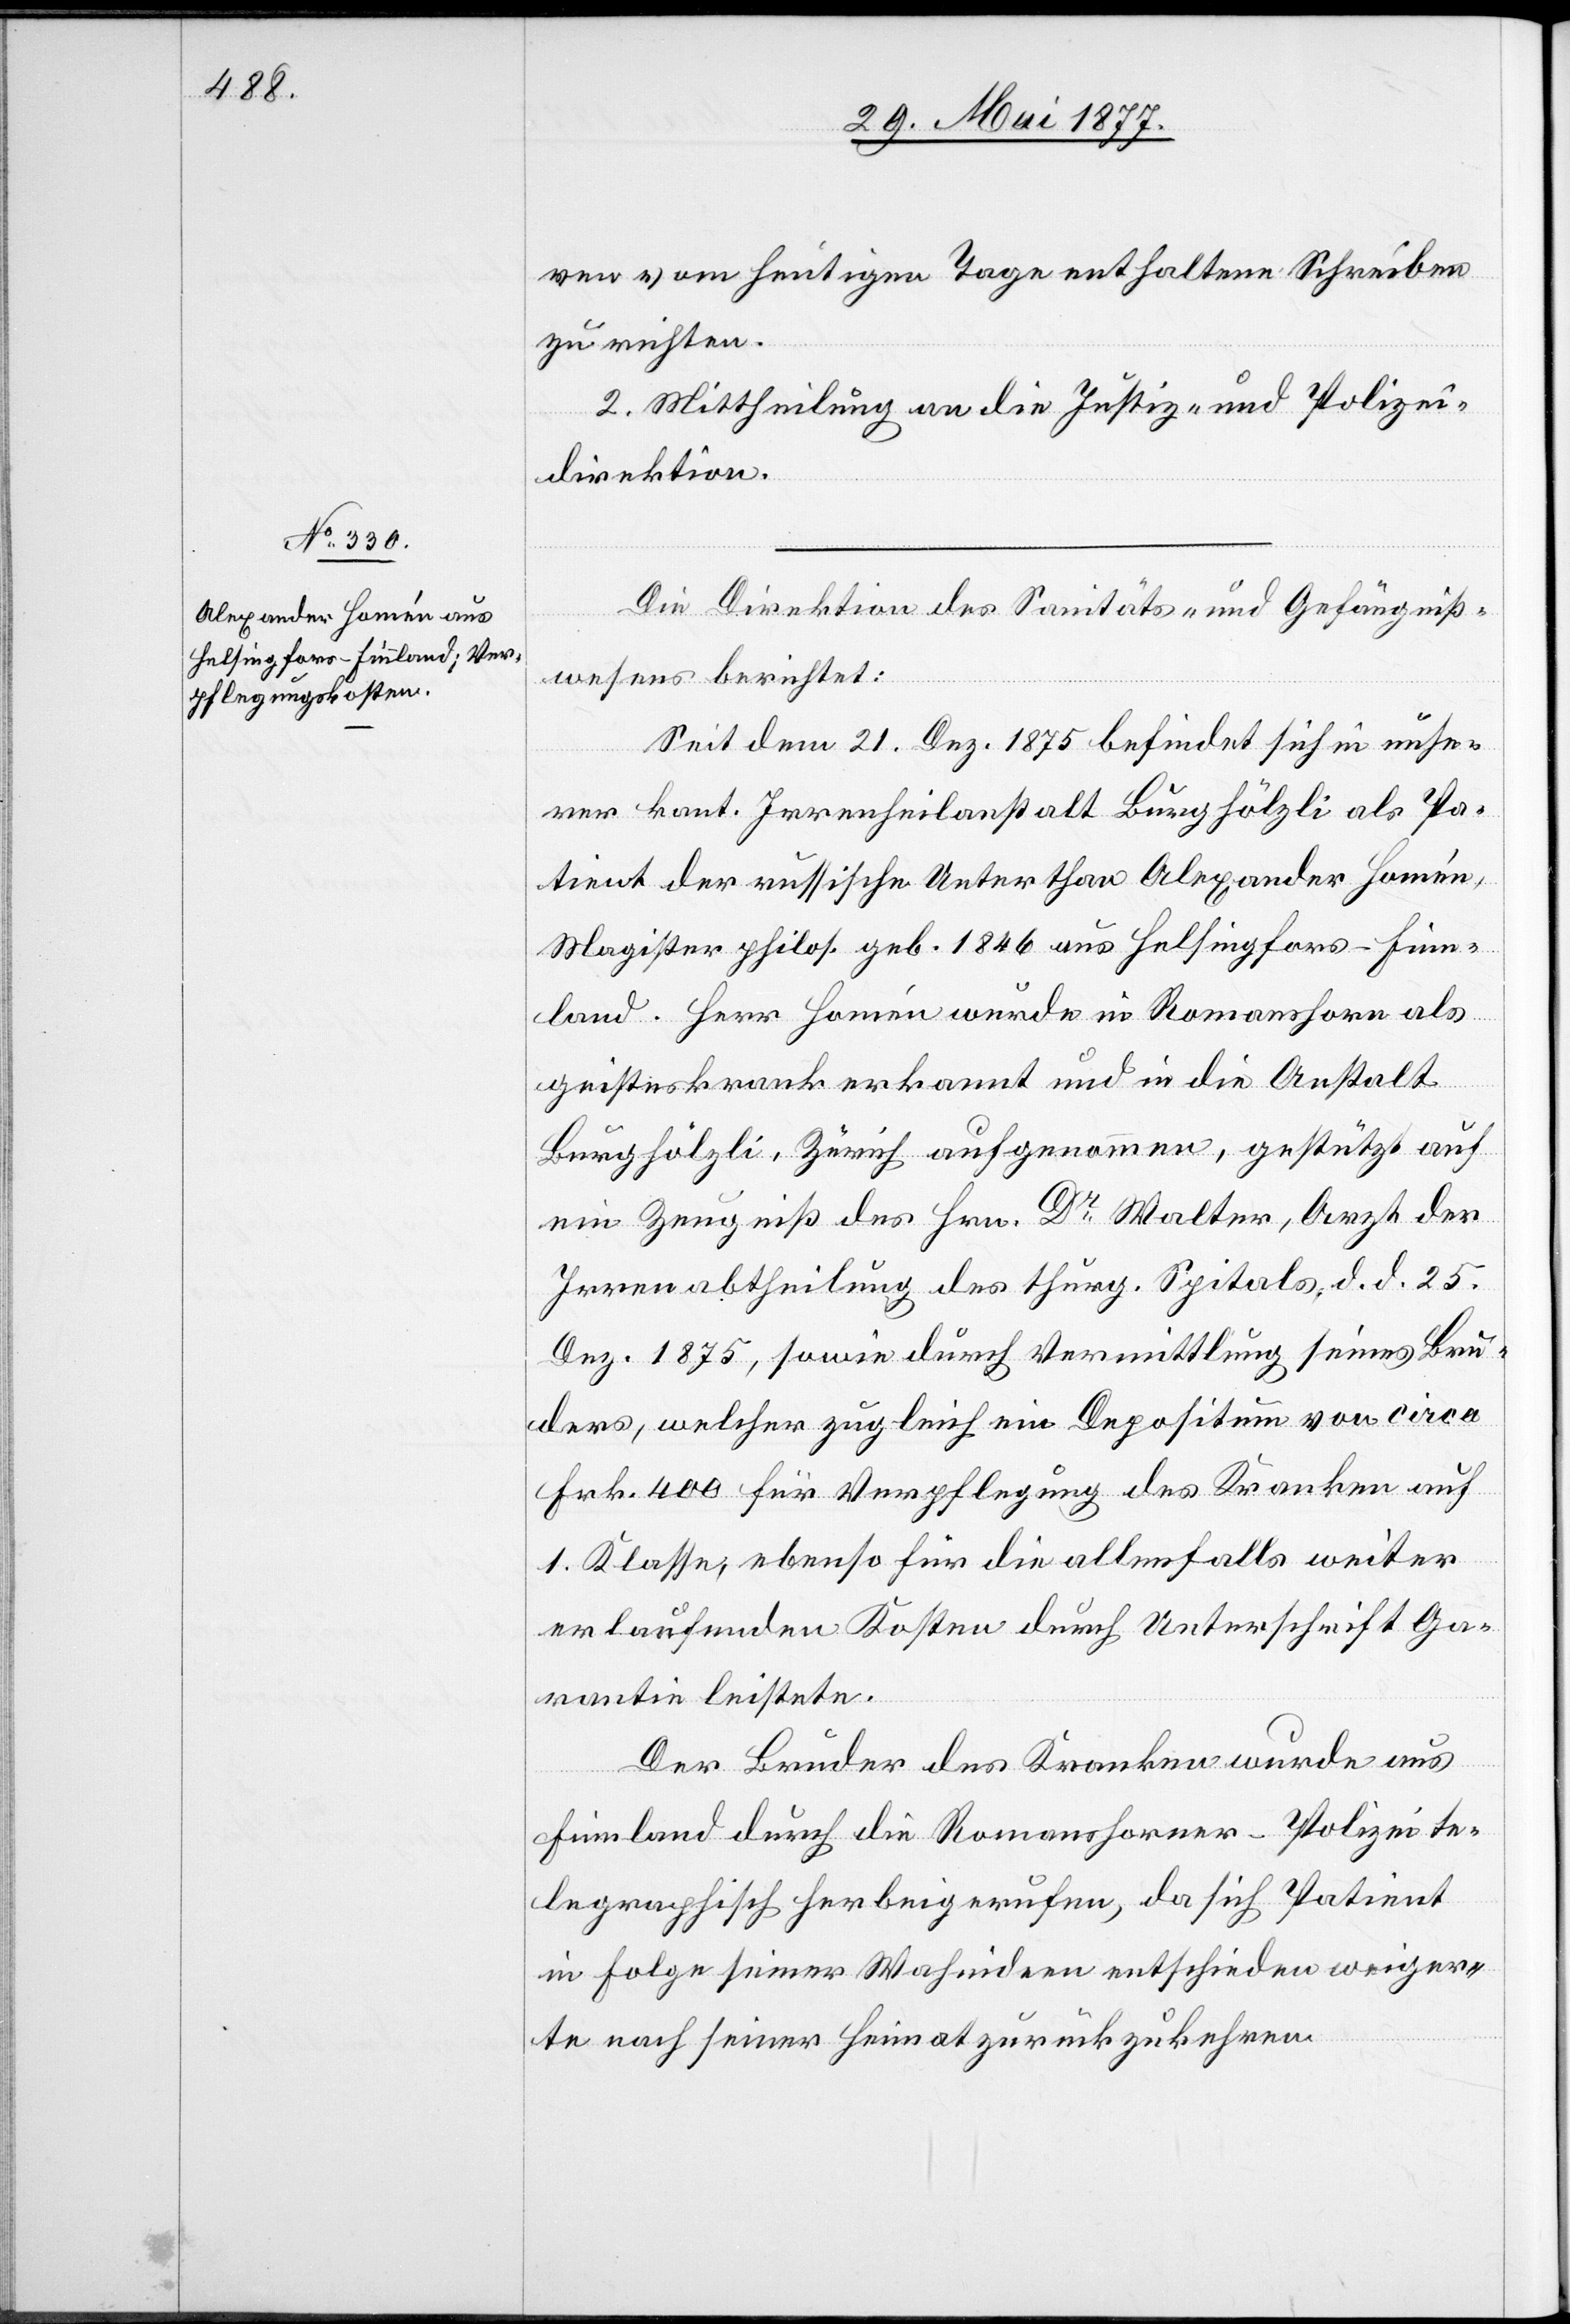
29. Mai 1877.]
ven vom heutigen Tage enthaltene Schreiben
zu richten.
2. Mittheilung an die Justiz- und Polizei¬
direktion.
Die Direktion des Sanitäts- und Gefängniß¬
wesens berichtet:
Seit dem 21. Dez. 1875 befindet sich in unse¬
rer kant. Irrenheilanstalt Burghölzli als Pa¬
tient der russische Unterthan Alexander Homén,
Magister philos. geb. 1846 aus Helsingfors - Finn¬
land. Herr Homén wurde in Romanshorn als
geisteskrank erkannt und in die Anstalt
Burghölzli, Zürich aufgenommen, gestützt auf
ein Zeugniß des Hrn. Dr Walter, Arzt der
Irrenabtheilung des thurg. Spitals, d. d. 25.
Dez. 1875, sowie durch Vermittlung seines Bru¬
ders, welcher zugleich ein Depositum von circa
Frk. 400 für Verpflegung des Kranken auf
1. Klasse, ebenso für die allenfalls weiter
erlaufenden Kosten durch Unterschrift Ga¬
rantie leistete.
Der Bruder des Kranken wurde aus
Finnland durch die Romanshorner-Polizei te¬
legraphisch herbeigerufen, da sich Patient
in Folge seiner Wahnideen entschieden weiger¬
te nach seiner Heimat zurückzukehren.